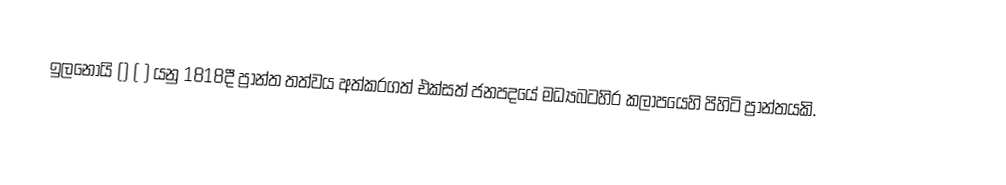
ඉලනෝයි () ( ) යනු 1818දී ප්‍රාන්ත තත්වය අත්කරගත් එක්සත් ජනපදයේ මධ්‍යබටහිර කලාපයෙහි පිහිටි ප්‍රාන්තයකි.